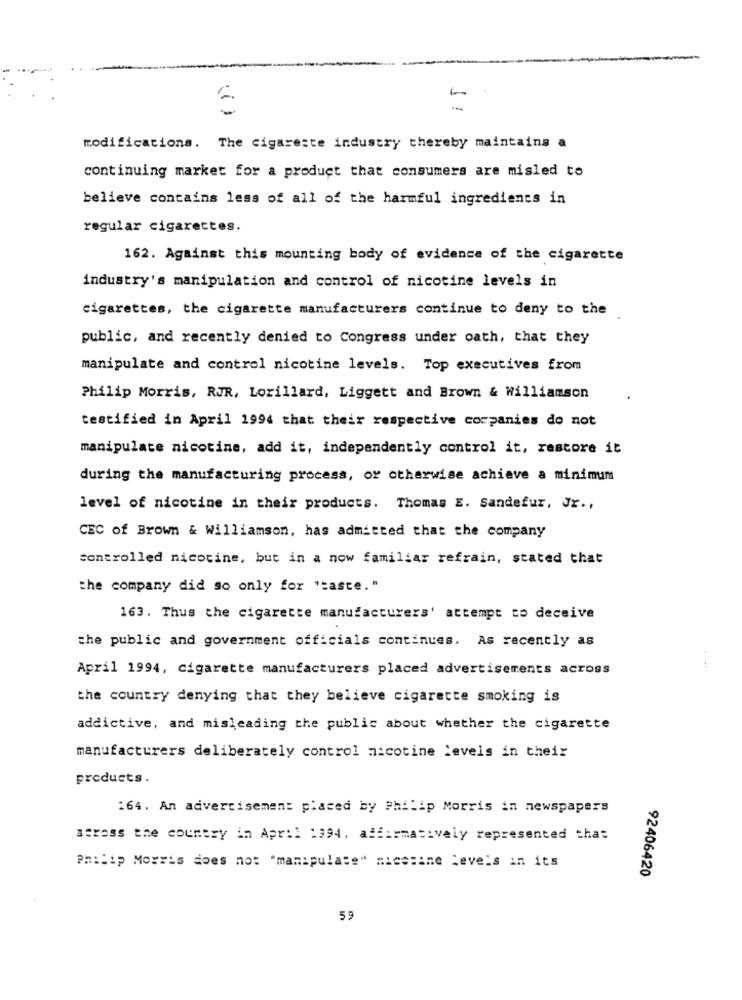
(1)
modifications. The cigarette industry thereby maintains a
continuing market for a product that consumers are misled to
believe contains less of all of the harmful ingredients in
regular cigarettes.
162. Against this mounting body of evidence of the cigarette
industry's manipulation and control of nicotine levels in
cigarettes, the cigarette manufacturers continue to deny to the
public, and recently denied to Congress under oath, that they
manipulate and control nicotine levels. Top executives from
Philip Morris, RJR, Lorillard, Liggett and Brown & Williamson
testified in April 1994 that their respective companies do not
manipulate nicotine, add it, independently control it, restore it
during the manufacturing process, or otherwise achieve a minimum
level of nicotine in their products. Thomas E. Sandefur, Jr .,
CEC of Brown & Williamson, has admitted that the company
controlled nicotine, but in a now familiar refrain, stated that
the company did so only for "caste."
163. Thus the cigarette manufacturers' attempt to deceive
the public and government officials continues. As recently as
April 1994, Cigarette manufacturers placed advertisements across
the country denying that they believe cigarette smoking is
addictive, and misleading the public about whether the cigarette
manufacturers deliberately control nicotine levels in their
products.
164. An advertisement placed by Philip Morris in newspapers
across the country in April 1994, affirmatively represented that
Philip Morris does not "manipulate" nicotine levels in its
92406420
5